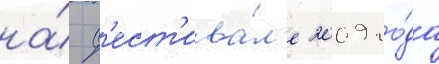
на́ ф'ест'ива́л'е 2009 го́да